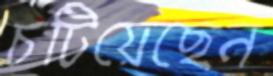
চটিয়েছেন